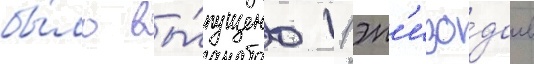
бы́ло вы́пущено 11 эп'изо́дов